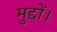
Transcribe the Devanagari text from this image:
मुद्दों।